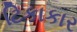
ટિકાકાર